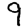
Digit: 9